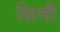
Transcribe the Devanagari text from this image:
शिजी